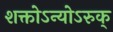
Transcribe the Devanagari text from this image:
शक्तोऽन्योऽरुक्